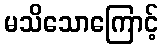
မသိသောကြောင့်